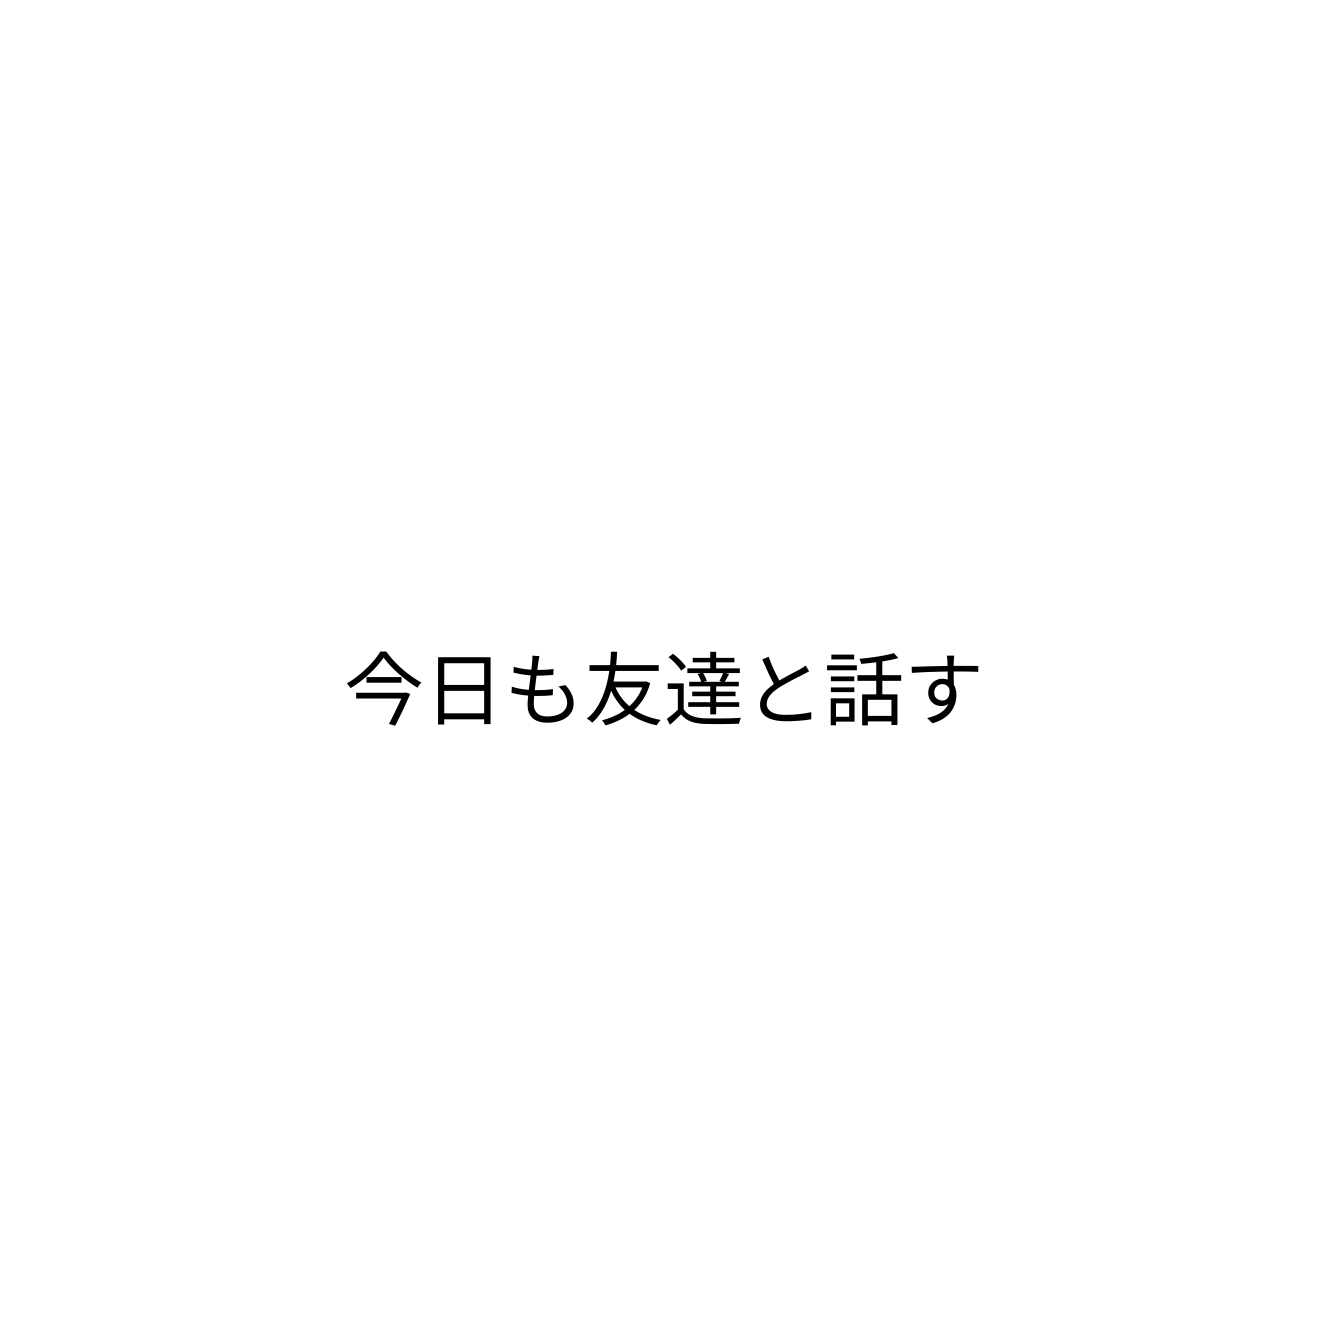
今日も友達と話す